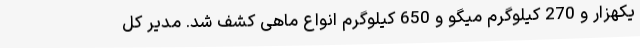
یکهزار و 270 کیلوگرم میگو و 650 کیلوگرم انواع ماهی کشف شد. مدیر کل